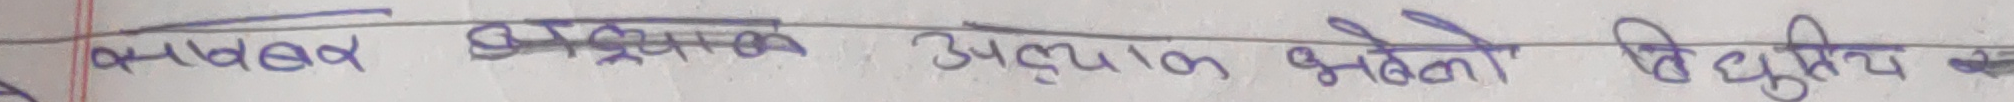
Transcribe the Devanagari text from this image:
अल्फाबेट अध्यापन भेलाको चिट्युति